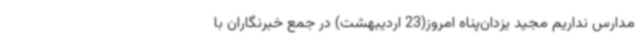
مدارس نداریم مجید یزدان‌پناه امروز(23 اردیبهشت) در جمع خبرنگاران با